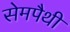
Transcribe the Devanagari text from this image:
सेमपैथी